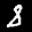
Label: 8